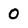
Character: 0